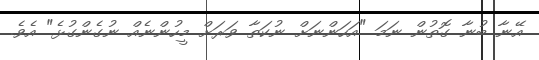
އޭނާ ބުނާ ގޮތުން ނަމަ "އަހަންނަށް ނުކަތާ ވަރަށް މީހުންނެއް ނުގެންގުޅެ" އެވެ.